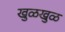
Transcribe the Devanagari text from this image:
खुळखुळ